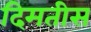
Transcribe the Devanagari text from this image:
दिमतीस